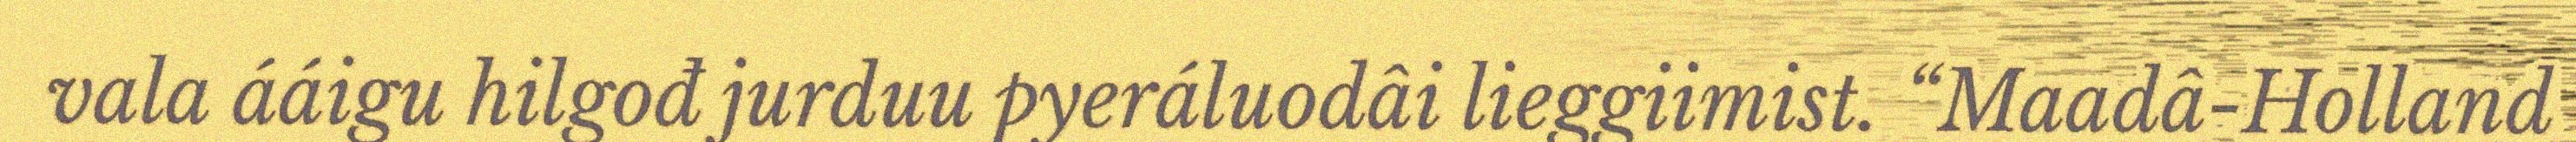
vala ááigu hilgođ jurduu pyeráluodâi lieggiimist. “Maadâ-Holland